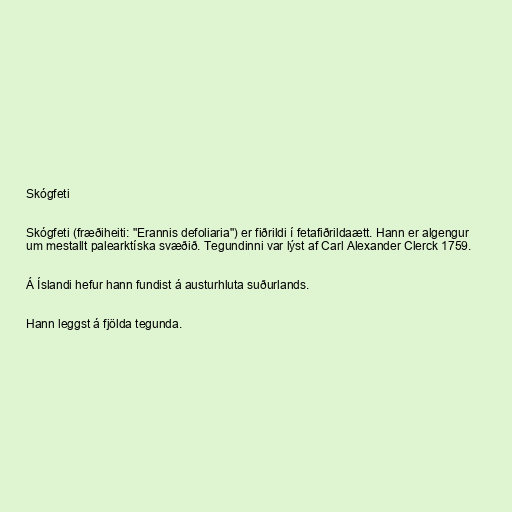
Skógfeti

Skógfeti (fræðiheiti: "Erannis defoliaria") er fiðrildi í fetafiðrildaætt. Hann er algengur
um mestallt palearktíska svæðið. Tegundinni var lýst af Carl Alexander Clerck 1759.

Á Íslandi hefur hann fundist á austurhluta suðurlands.

Hann leggst á fjölda tegunda.